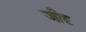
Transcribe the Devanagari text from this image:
जीदृ